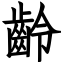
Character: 齡